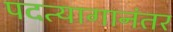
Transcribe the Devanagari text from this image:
पदत्यागानंतर